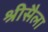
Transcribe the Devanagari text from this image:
श्रीसैला